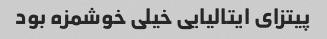
پیتزای ایتالیایی خیلی خوشمزه بود